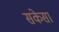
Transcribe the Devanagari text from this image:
सकेसा